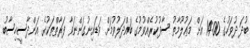
ބުދަ ދުވަހުގެ 14:00 އަށް މަޢުލޫމާތު ސާފުކުރެއްވުމުގެ ބައްދަލުވުމަށް ވަޑައިނުގަންނަވާ ފަރާތްތަކުގެ އަންދާސީހިސާބު